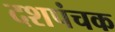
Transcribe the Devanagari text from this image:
दशपंचक